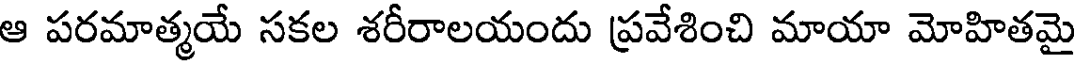
ఆ పరమాత్మయే సకల శరీరాలయందు ప్రవేశించి మాయా మోహితమై